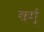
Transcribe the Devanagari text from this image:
वर्ग्